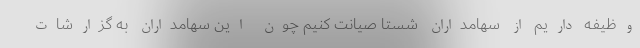
وظیفه داریم از سهامداران شستا صیانت کنیم چون این سهامداران به گزارشات